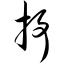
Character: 抒